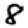
Digit: 8